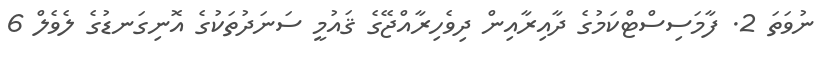
ނުވަތަ 2. ފާމަސިސްޓްކަމުގެ ދާއިރާއިން ދިވެހިރާއްޖޭގެ ޤައުމީ ސަނަދުތަކުގެ އޮނިގަނޑުގެ ލެވެލް 6